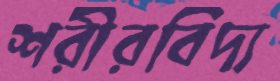
শরীরবিদ্য